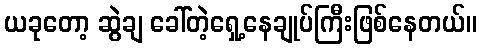
ယခုတော့ ဆွဲချ ခေါ်တဲ့ရှေ့နေချုပ်ကြီးဖြစ်နေတယ်။